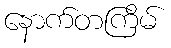
နောက်တကြိမ်